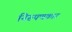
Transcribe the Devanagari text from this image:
निरूपणकार